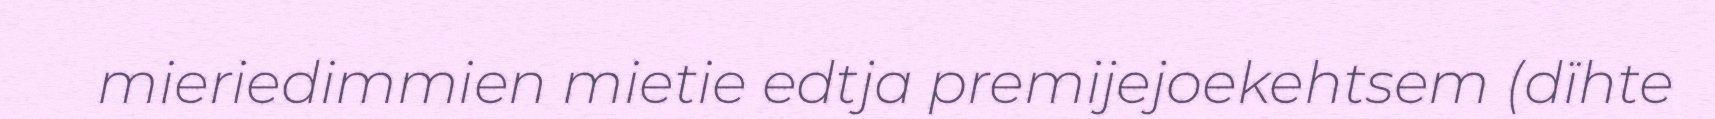
mieriedimmien mietie edtja premijejoekehtsem (dïhte